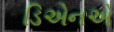
ડિએનએ